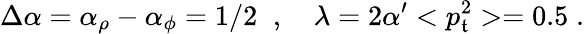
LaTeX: \Delta\alpha=\alpha_{\rho}-\alpha_{\phi}=1/2\; \; ,~~~~\lambda=2\alpha^{\prime}<p_{\mathfrak{t}}^{2}>=0.5\; .